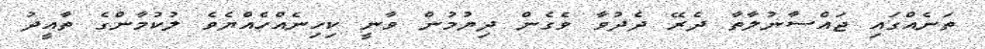
ތަނެއްގައި ޖައްސާނުލާތާ ދެރޭ ދެދުވާ ވެގެން ދިޔުމުން ވާނީ ކިހިނެއްހެއްޔެވެ ލުކުމާންގެ ތާއީދު